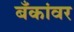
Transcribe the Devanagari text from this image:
बँकांवर